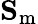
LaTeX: \mathbf{S}_{\mathrm{m}}